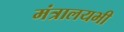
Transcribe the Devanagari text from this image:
मंत्रालयभी